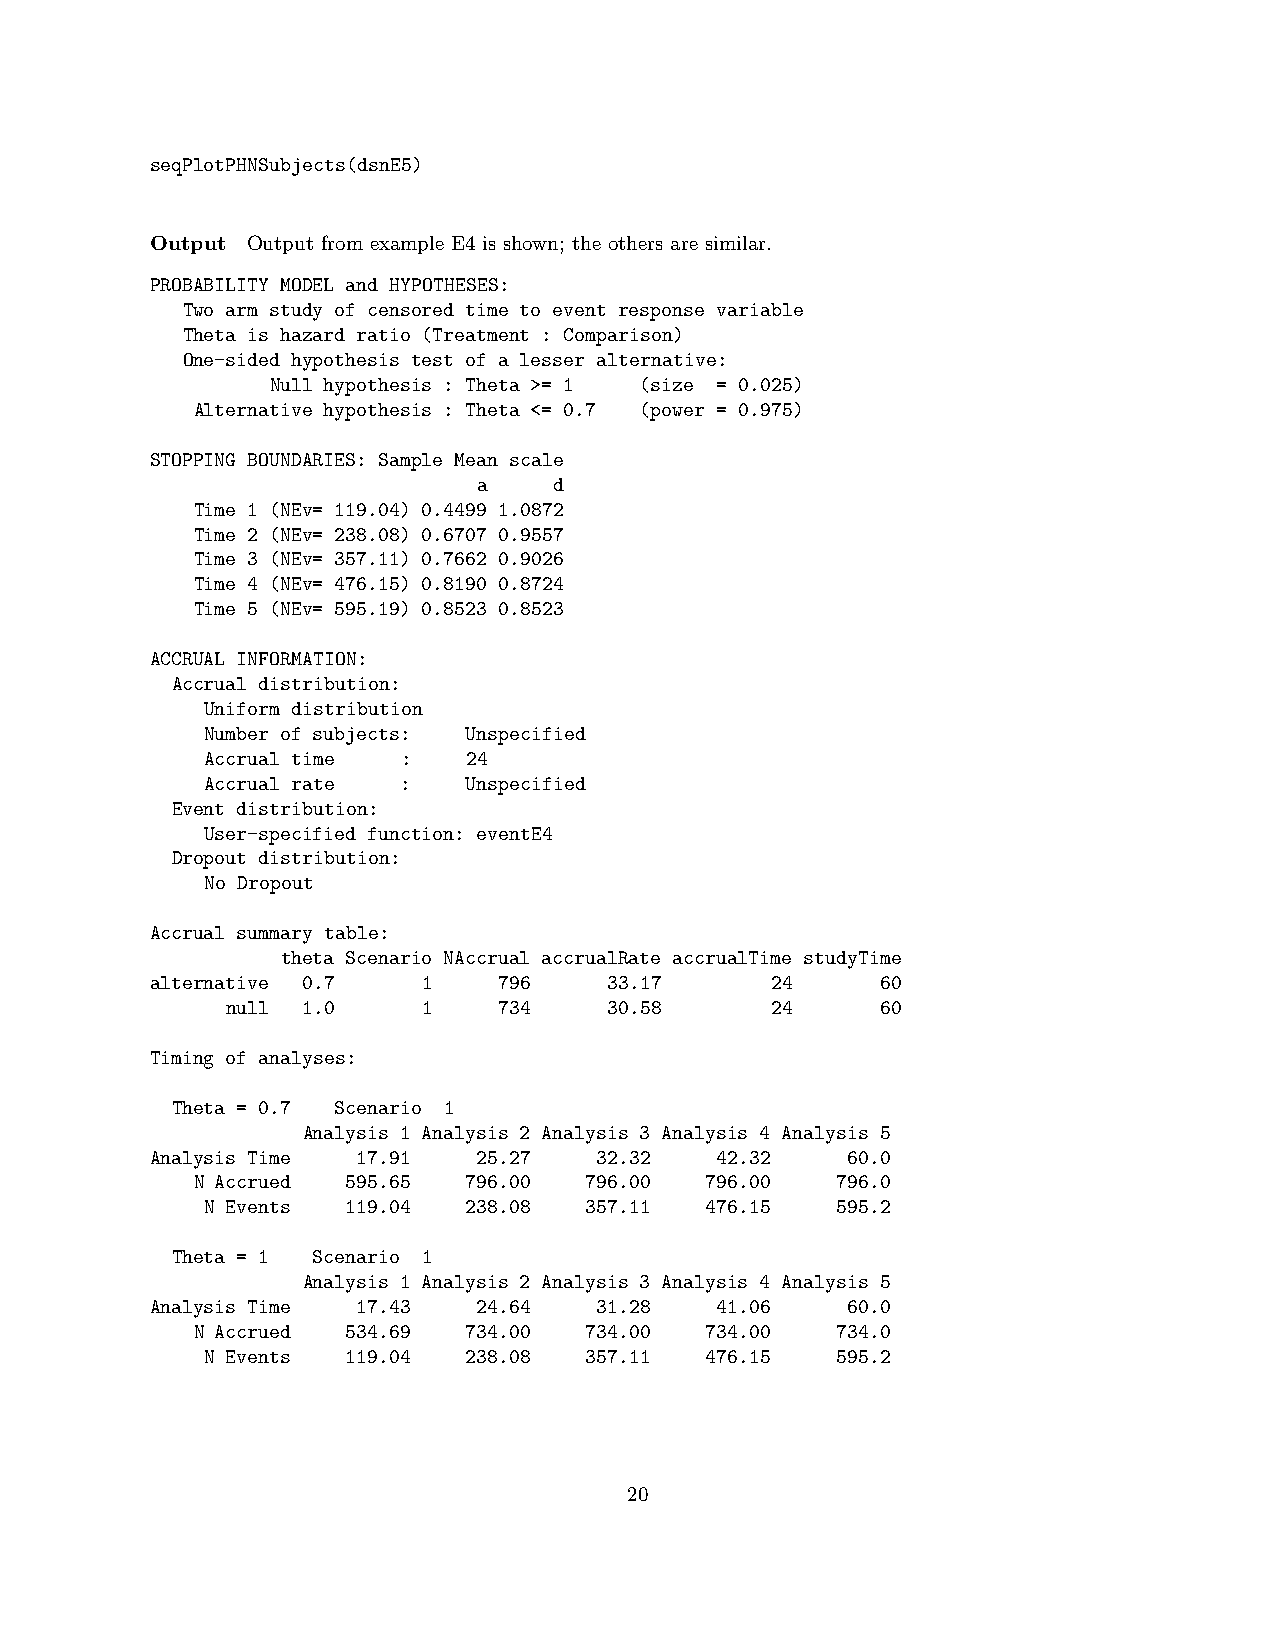
seqPlotPHNSubjects(dsnE5)
 Output Output from example E4 is shown; the others are similar.
 PROBABILITY MODEL and HYPOTHESES:
 Two arm study of censored time to event response variable
 Theta is hazard ratio (Treatment : Comparison)
 One-sided hypothesis test of a lesser alternative:
 Null hypothesis : Theta >= 1 (size = 0.025)
 Alternative hypothesis : Theta <= 0.7 (power = 0.975)
 STOPPING BOUNDARIES: Sample Mean scale
 a    d
 Time 1 (NEv= 119.04) 0.4499 1.0872
 Time 2 (NEv= 238.08) 0.6707 0.9557
 Time 3 (NEv= 357.11) 0.7662 0.9026
 Time 4 (NEv= 476.15) 0.8190 0.8724
 Time 5 (NEv= 595.19) 0.8523 0.8523
 ACCRUAL INFORMATION:
 Accrual distribution:
 Uniform distribution
 Number of subjects: Unspecified
 Accrual time :   24
 Accrual rate :   Unspecified
 Event distribution:
 User-specified function: eventE4
 Dropout distribution:
 No Dropout
 Accrual summary table:
 theta Scenario NAccrual accrualRate accrualTime studyTime
 alternative 0.7   1    796    33.17      24     60
 null 1.0     1    734    30.58      24     60
 Timing of analyses:
 Theta = 0.7 Scenario 1
 Analysis 1 Analysis 2 Analysis 3 Analysis 4 Analysis 5
 Analysis Time 17.91   25.27   32.32  42.32    60.0
 N Accrued 595.65  796.00  796.00  796.00  796.0
 N Events 119.04  238.08  357.11  476.15  595.2
 Theta = 1 Scenario 1
 Analysis 1 Analysis 2 Analysis 3 Analysis 4 Analysis 5
 Analysis Time 17.43   24.64   31.28  41.06    60.0
 N Accrued 534.69  734.00  734.00  734.00  734.0
 N Events 119.04  238.08  357.11  476.15  595.2
 20